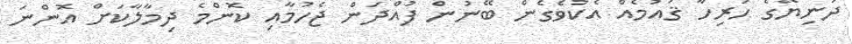
ދުނިޔޭގެ ހުރިހާ ޤައުމެއް އެކުވެގެން ބޭނުން ފުއްދަން ޖެހުމާއި ކޮންމެ ދިމާލާކަށް އޮންނަ